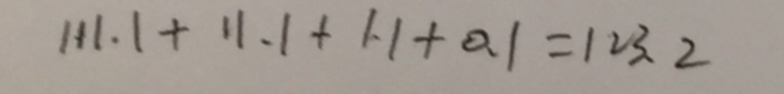
1 1 1 . 1 + 1 1 . 1 + 1 . 1 + 0 . 1 = 1 2 3 . 2